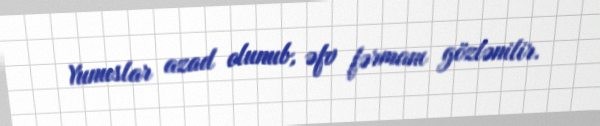
Yunuslar azad olunub, əfv fərmanı gözlənilir.